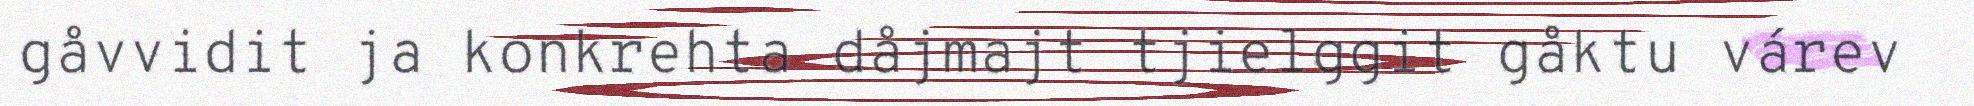
gåvvidit ja konkrehta dåjmajt tjielggit gåktu várev